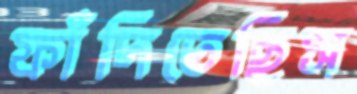
ফাঁদিতেছিস